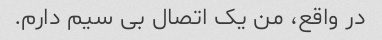
در واقع، من یک اتصال بی سیم دارم.